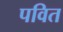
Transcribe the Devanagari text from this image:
पवित